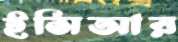
ইসিআর